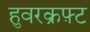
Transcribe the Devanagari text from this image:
हुवरक्रफ़्ट